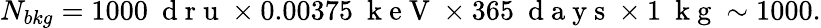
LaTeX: N_{bkg}=1000~\mathrm{~d~r~u~}\times 0.00375~\mathrm{~k~e~V~}\times 365~\mathrm{~d~a~y~s~}\times 1~\mathrm{~k~g~}\sim 1000.